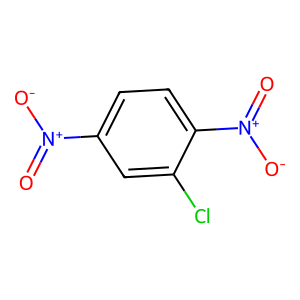
SMILES: O=[N+]([O-])c1ccc([N+](=O)[O-])c(Cl)c1
Inhibits HIV replication: No